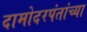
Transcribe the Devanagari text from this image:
दामोदरपंतांच्या